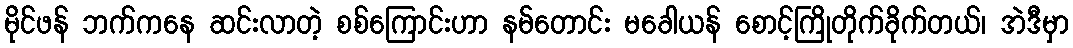
မိုင်ဖန် ဘက်ကနေ ဆင်းလာတဲ့ စစ်ကြောင်းဟာ နမ်တောင်း မခေါယန် စောင့်ကြိုတိုက်ခိုက်တယ်၊ အဲဒီမှာ